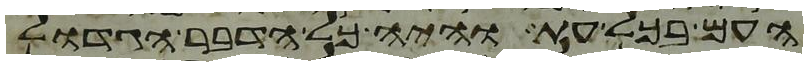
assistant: העם בכל עת והיה כל הדבר הגדול